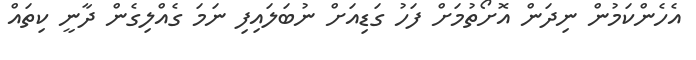
އެހެންކަމުން ނިދަން އޮށޯތުމަށް ފަހު ގަޑިއަށް ނުބަލައިފި ނަމަ ގެއްލިގެން ދާނީ ކިތައް